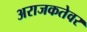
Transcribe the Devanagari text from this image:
अराजकतेवर